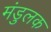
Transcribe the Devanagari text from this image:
मंडुलक